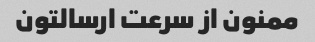
ممنون از سرعت ارسالتون